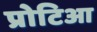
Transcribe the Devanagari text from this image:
प्रोटिआ